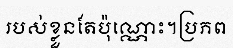
របស់ខ្លួនតែប៉ុណ្ណោះ។ប្រភព